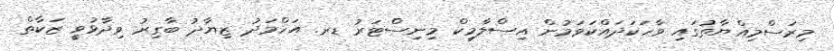
މިރަސްމިއްޔާތުގައި ވާހަކަދައްކަވަމުން އިސްލާމިކް މިނިސްޓަރު ޑރ. އަހްމަދު ޒިޔާދު ބާގިރު ވިދާޅުވީ ޒަކާތް